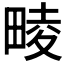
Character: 𤲪